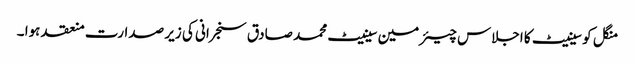
منگل کو سینیٹ کا اجلاس چیئرمین سینیٹ محمد صادق سنجرانی کی زیر صدارت منعقد ہوا ۔